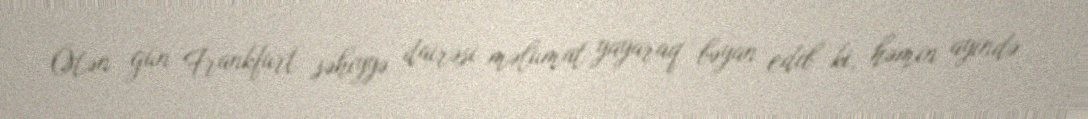
Ötən gün Frankfurt səhiyyə dairəsi məlumat yayaraq bəyan edib ki, həmin ayində